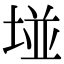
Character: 𡌶